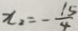
x _ { 2 } = - \frac { 1 5 } { 4 }